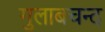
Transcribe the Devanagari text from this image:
गुलाबचन्द